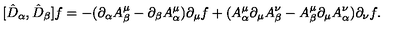
[ \hat { D } _ { \alpha } , \hat { D } _ { \beta } ] f = - ( \partial _ { \alpha } A _ { \beta } ^ { \mu } - \partial _ { \beta } A _ { \alpha } ^ { \mu } ) \partial _ { \mu } f + ( A _ { \alpha } ^ { \mu } \partial _ { \mu } A _ { \beta } ^ { \nu } - A _ { \beta } ^ { \mu } \partial _ { \mu } A _ { \alpha } ^ { \nu } ) \partial _ { \nu } f .